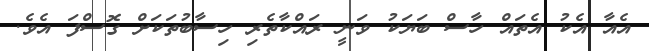
އެއާ އެކު އެތައް ހާސް ބަޔަކު ވަނީ ރައްކާތެރި ހިސާބުތަކަށް ގޮސްފަ އެވެ.